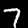
Label: 7